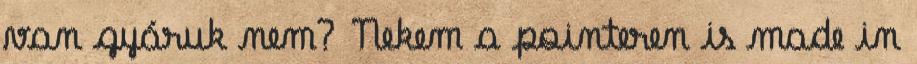
van gyáruk nem? Nekem a pointeren is made in